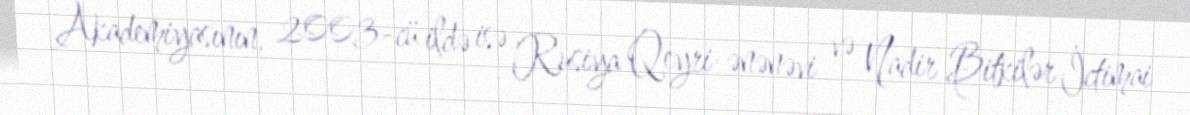
Akademiyasının, 2003-cü ildə isə Rusiya Qeyri-ənənəvi və Nadir Bitkilər İctimai